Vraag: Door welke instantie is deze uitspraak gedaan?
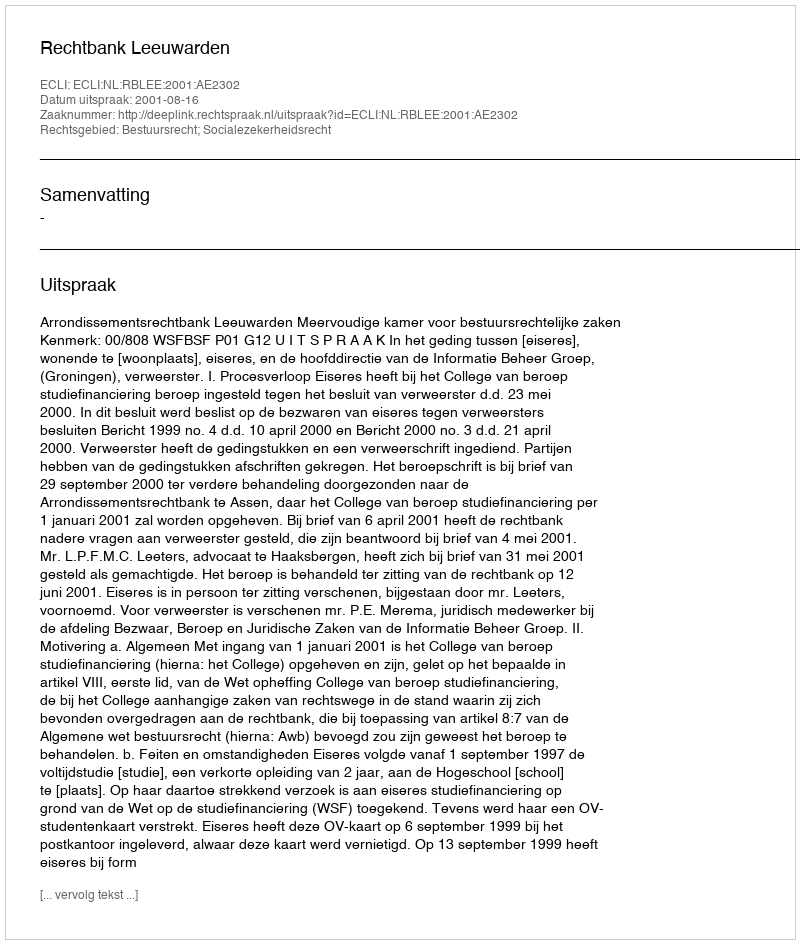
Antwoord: Rechtbank Leeuwarden